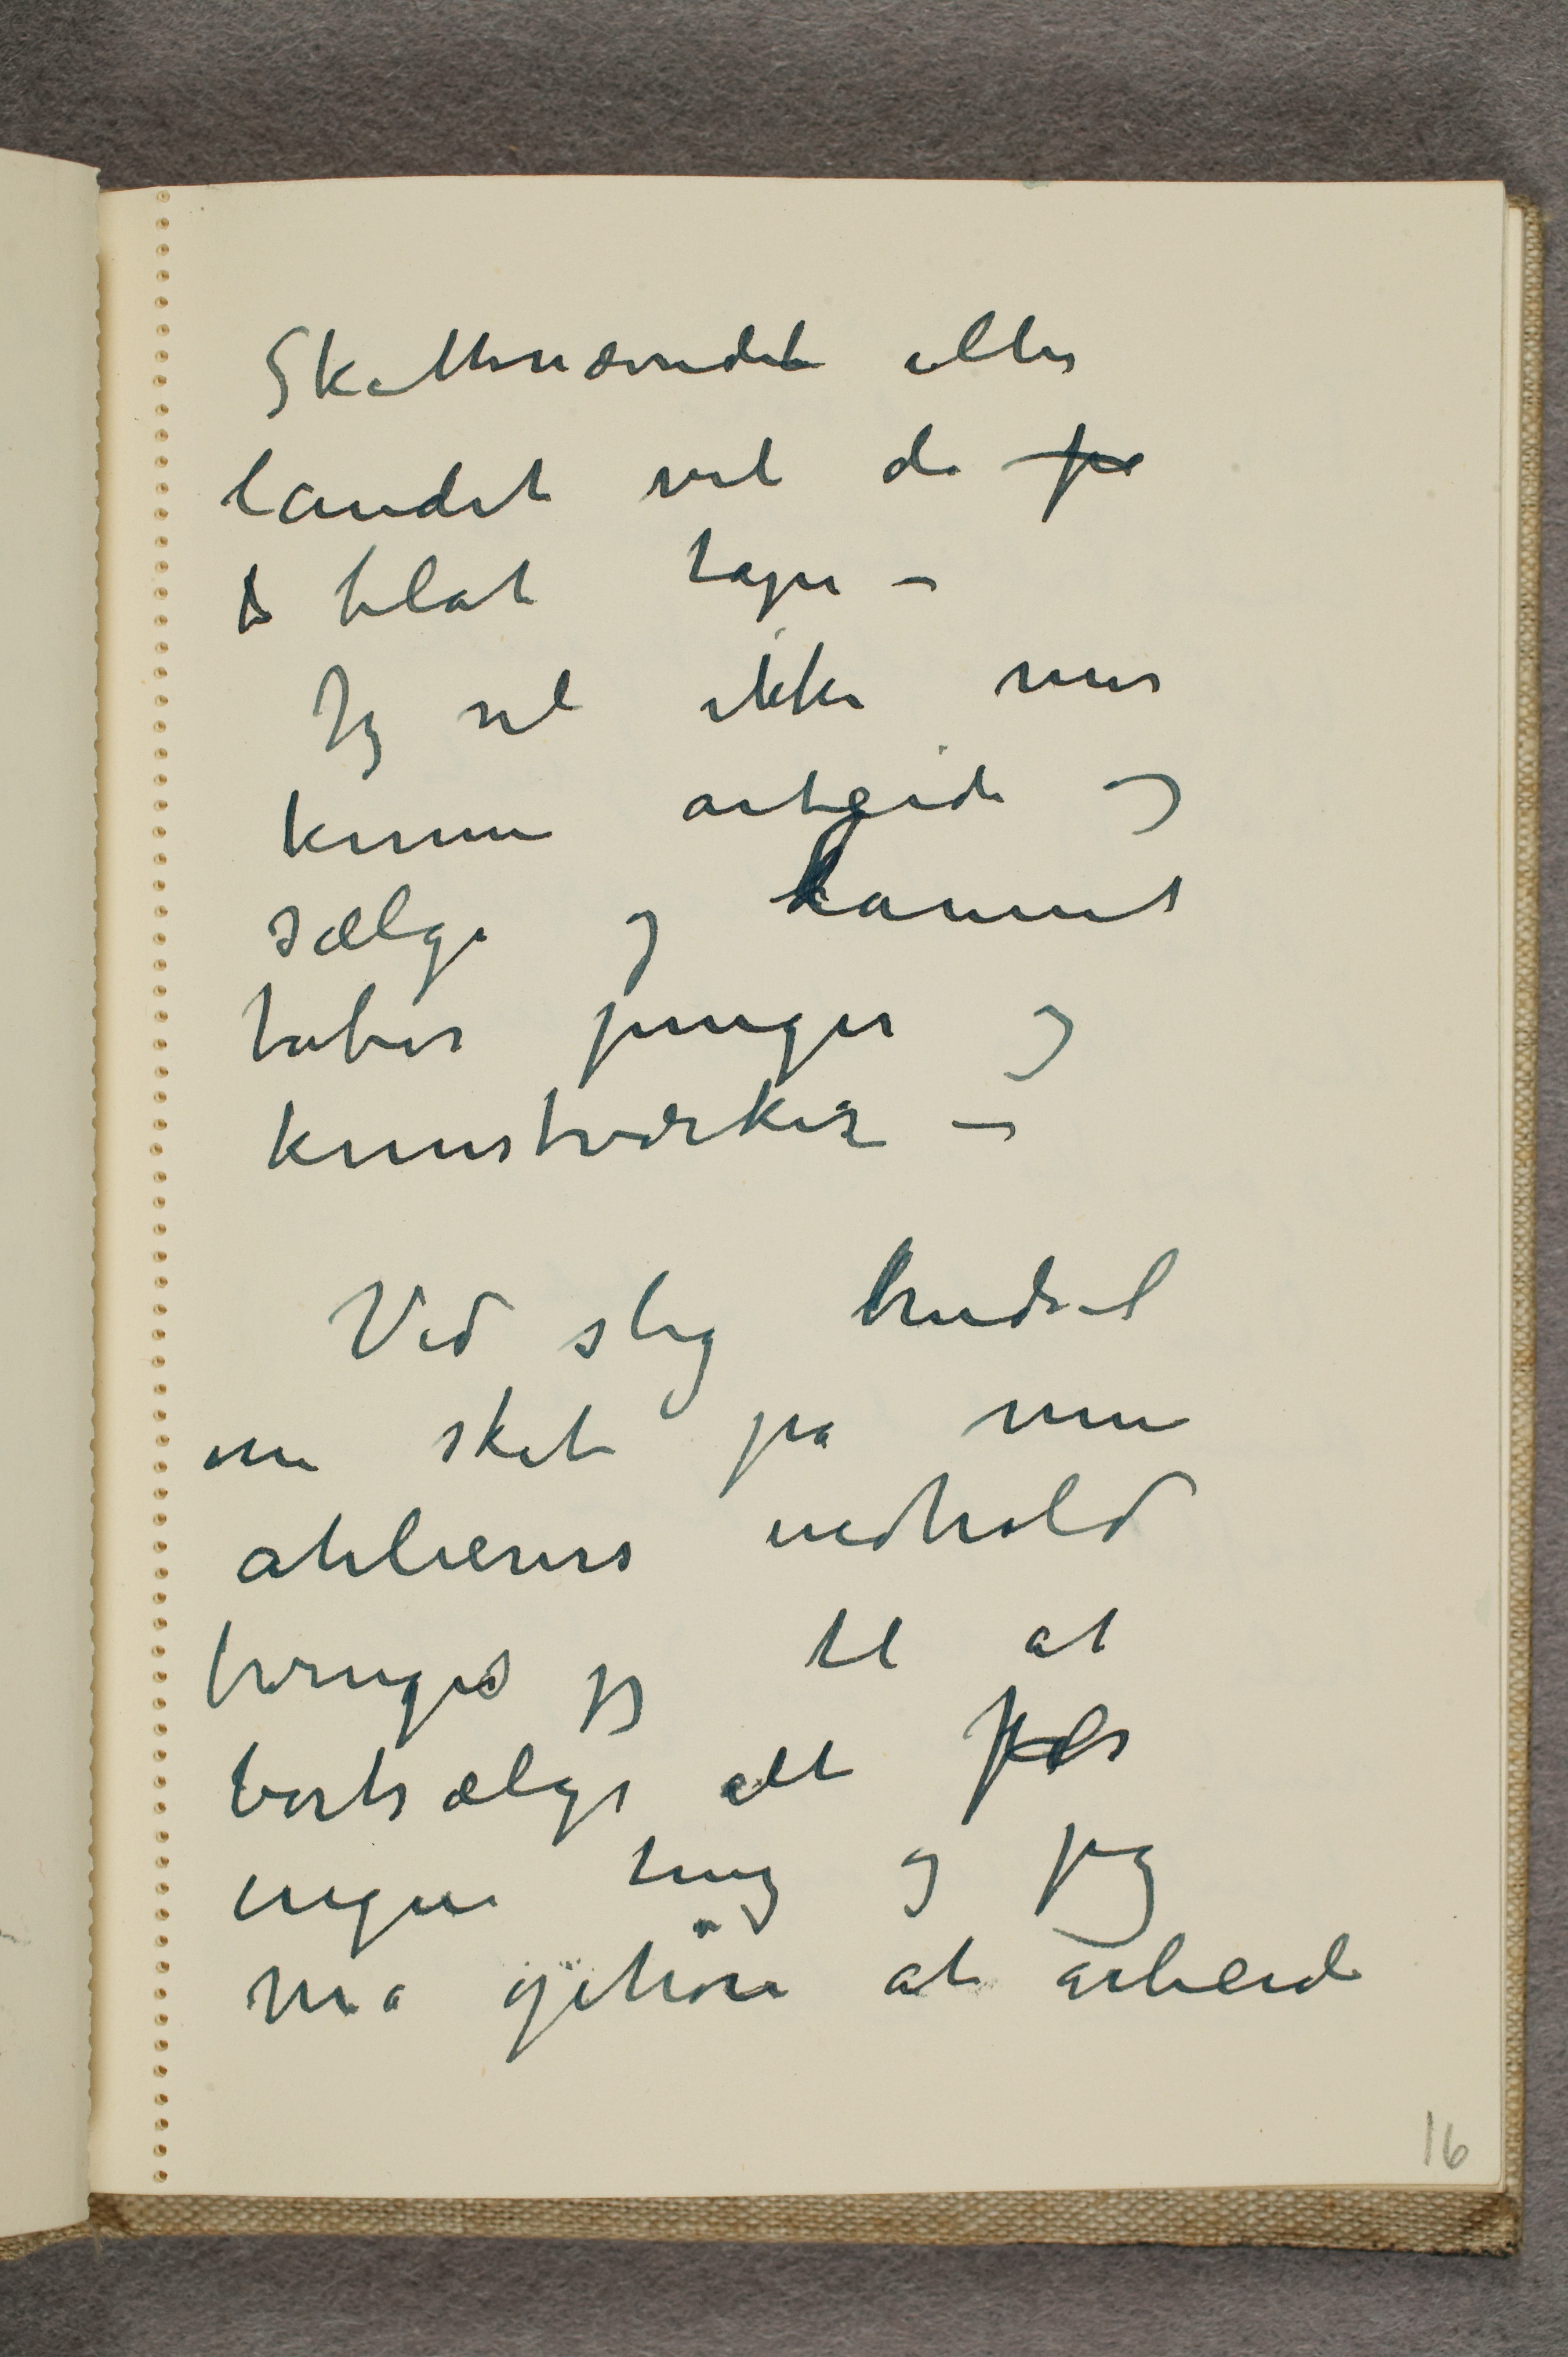
Skattenævnden eller
landet vil de fr
... blot tape -
Jeg vil ikke mer
kunne arbeide og
sælge og lannet
taber penger og
kunstværker -
Ved slig trudsel
om skat på mine
atelierers indhold
tvinges jeg til at
bortsælge alt for
ingen ting og jeg
må ophøre at arbeide